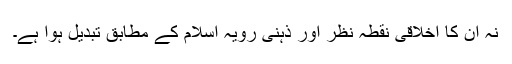
نہ اُن کا اخلاقی نقطہ نظر اور ذہنی رویہ اسلام کے مطابق تبدیل ہوا ہے۔